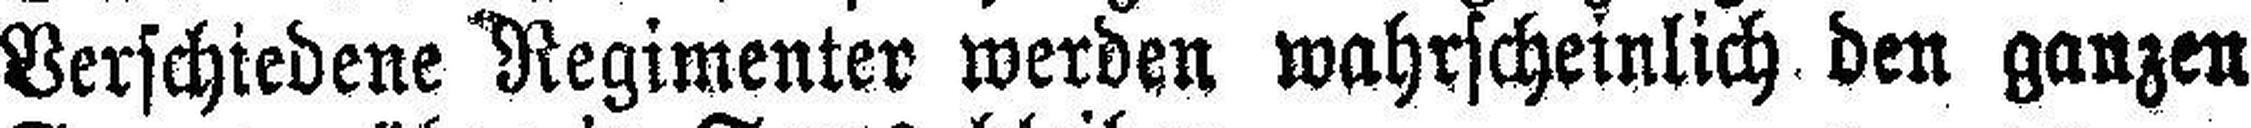
Verschiedene Regimenter werden wahrscheinlich den ganzen